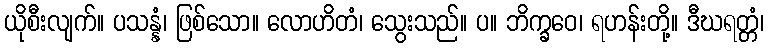
ယိုစီးလျက်။ ပသန္နံ၊ ဖြစ်သော။ လောဟိတံ၊ သွေးသည်။ ပ။ ဘိက္ခဝေ၊ ရဟန်းတို့။ ဒီဃရတ္တံ၊